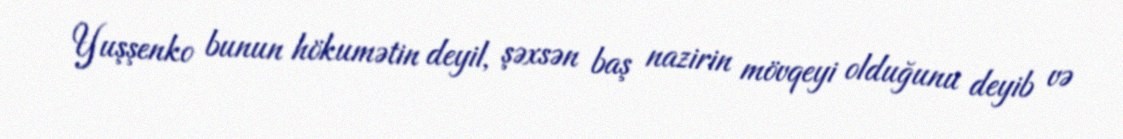
Yuşşenko bunun hökumətin deyil, şəxsən baş nazirin mövqeyi olduğunu deyib və